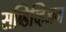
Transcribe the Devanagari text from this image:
सब्डिव्हिजन